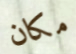
مكان